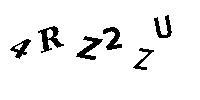
4RZ2ZU